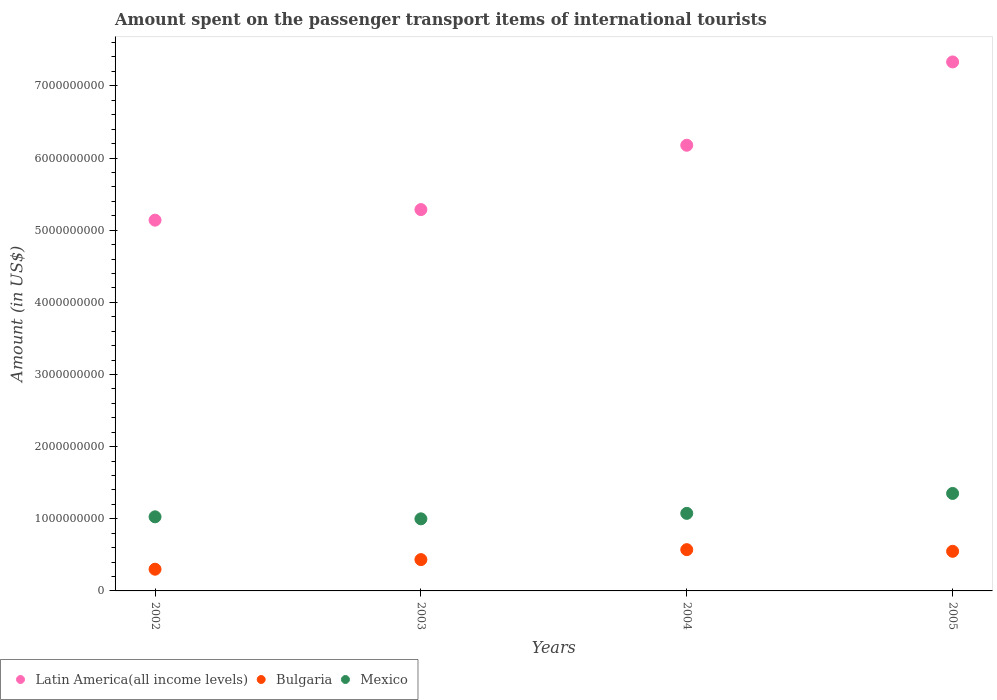
| Years | Latin America(all income levels) | Bulgaria | Mexico |
 | --- | --- | --- | --- |
 | 2002 | 5.14e+09 | 3.01e+08 | 1.03e+09 |
 | 2003 | 5.29e+09 | 4.34e+08 | 9.99e+08 |
 | 2004 | 6.18e+09 | 5.72e+08 | 1.08e+09 |
 | 2005 | 7.33e+09 | 5.49e+08 | 1.35e+09 |